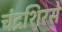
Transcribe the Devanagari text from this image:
चंद्रशिरसे